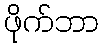
ဖိုက်ဘာ